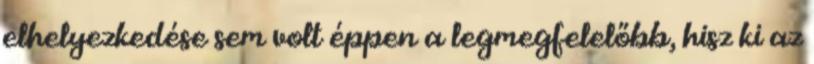
elhelyezkedése sem volt éppen a legmegfelelőbb, hisz ki az